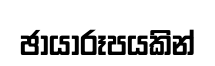
ඡායාරූපයකින්